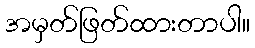
အမှတ်ဖြတ်ထားတာပါ။